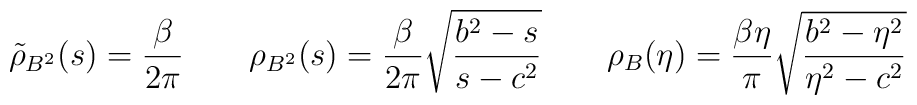
\tilde{\rho }_{B^2 } (s) = \frac{\beta }{2\pi } \ \ \ \ \ \ \rho_{B^2 } (s) = \frac{\beta }{2\pi } \sqrt{\frac{b^2 -s}{s-c^2 } }\ \ \ \ \ \ \rho_{B} (\eta ) = \frac{\beta \eta }{\pi } \sqrt{\frac{b^2 -\eta^{2} }{\eta^{2} -c^2 } }